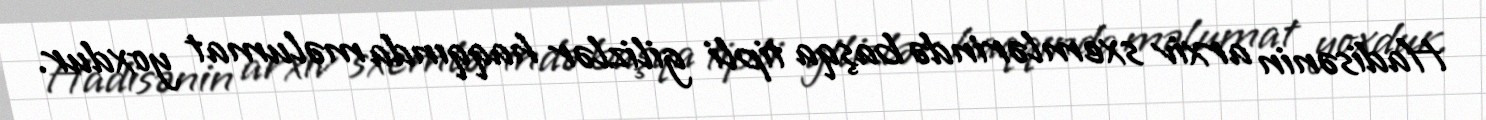
Hadisənin arxiv sxemlərində başqa tipli gilizlər haqqında məlumat yoxdur.